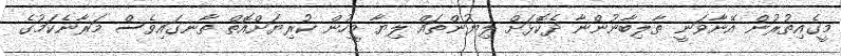
މީގެއިތުރުން އޭނާވަނީ ތާލިބާނުންނާ ދެކޮޅަށް ލިޔުންތައް ލިޔާ މީހުން ކުރިޔަށްއޮތް ތާނގައިވެސް މަރާނެކަމުގެ